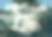
ফ